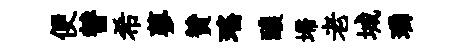
便替希蓼贊瑶醲埽老城璘